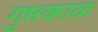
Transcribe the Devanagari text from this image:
गुप्तकाळ